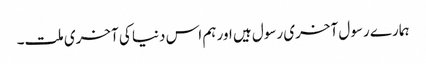
ہمارے رسول آخری رسول ہیں اور ہم اس دنیا کی آخری ملت۔